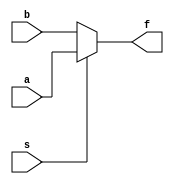
module mux2to1_df(f,a,b,s);
	input a,b,s;
	output f;
	
	assign f = s ? a : b;
	//Also we can write f = ((s&a)|((~s&a)))
endmodule